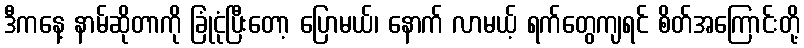
ဒီကနေ့ နာမ်ဆိုတာကို ခြုံငုံပြီးတော့ ပြောမယ်၊ နောက် လာမယ့် ရက်တွေကျရင် စိတ်အကြောင်းတို့